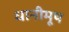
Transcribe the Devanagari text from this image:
धानीमूष